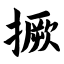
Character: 撅